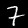
Digit: 7